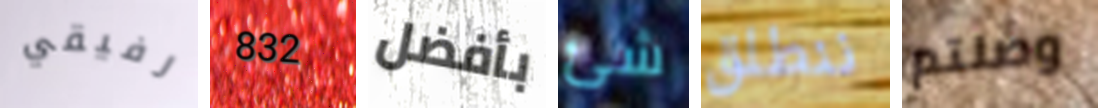
رفيقي 832 بأفضل شئ ننطلق وصلتم